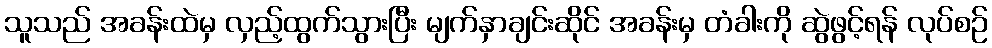
သူသည် အခန်းထဲမှ လှည့်ထွက်သွားပြီး မျက်နှာချင်းဆိုင် အခန်းမှ တံခါးကို ဆွဲဖွင့်ရန် လုပ်စဉ်